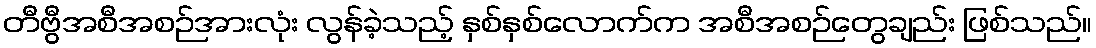
တီဗွီအစီအစဉ်အားလုံး လွန်ခဲ့သည့် နှစ်နှစ်လောက်က အစီအစဉ်တွေချည်း ဖြစ်သည်။